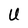
Character: U